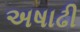
અષાઢી